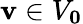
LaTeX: \mathbf{v}\in V_{\mathbf{0}}